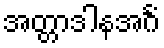
အတ္တာဒါနအင်္ဂံ